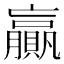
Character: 贏